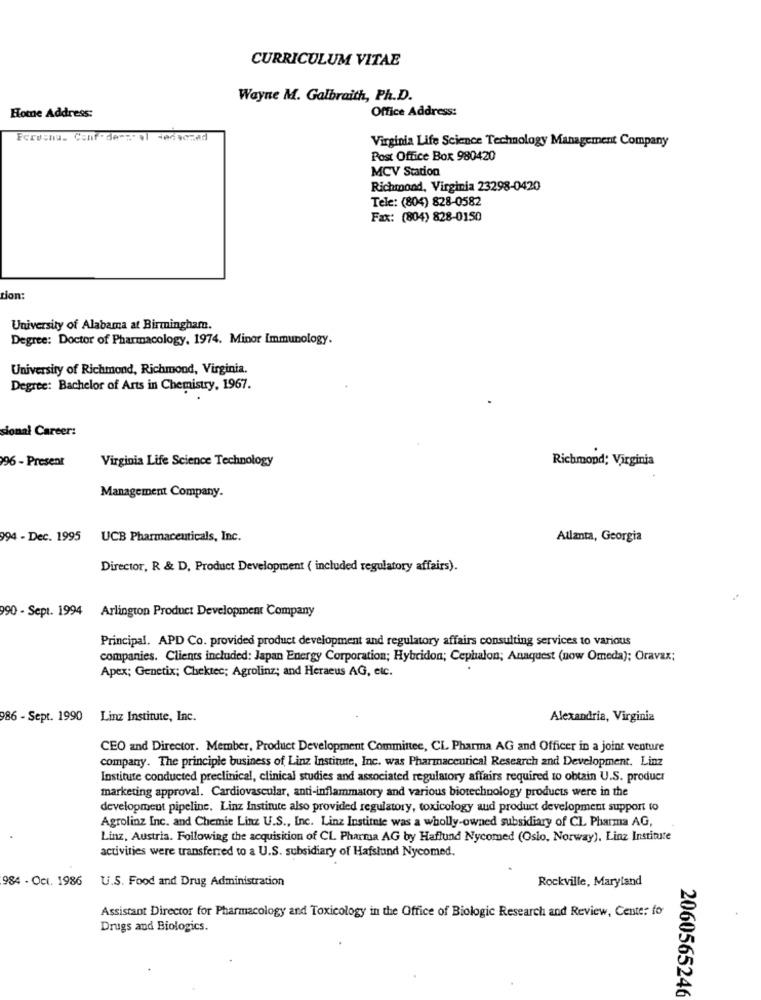
CURRICULUM VITAE
Wayne M. Galbraith, Ph.D.
Office Address:
Home Address:
Peruana. Conf dessol dedocmed
Virginia Life Science Technology Management Company
Post Office Box 980420
MCV Station
Richmond, Virginia 23298-0420
Tele: (804) 828-0582
Fax: (804) 828-0150
tion:
University of Alabama at Birmingham.
Degree: Doctor of Pharmacology, 1974. Minor Immunology.
University of Richmond, Richmond, Virginia.
Degree: Bachelor of Arts in Chemistry, 1967.
sional Career:
Virginia Life Science Technology
Richmond; Virginia
96 - Present
Management Company.
994 - Dec. 1995
UCB Pharmaceuticals, Inc.
Atlanta, Georgia
Director, R & D, Product Development ( included regulatory affairs).
990 - Sept. 1994 Arlington Product Development Company
Principal. APD Co. provided product development and regulatory affairs consulting services to various
companies. Clients included: Japan Energy Corporation; Hybridon; Cephalon; Anaquest (now Omeda); Oravax;
Apex; Genetix; Chektec; Agrolinz; and Heraeus AG, etc.
986 - Sept. 1990 Linz Institute, Inc.
Alexandria, Virginia
CEO and Director. Member, Product Development Committee, CL Pharma AG and Officer in a joint venture
company. The principle business of Linz Institute, Inc. was Pharmaceutical Research and Development. Linz
Institute conducted preclinical, clinical studies and associated regulatory affairs required to obtain U.S. product
marketing approval. Cardiovascular, anti-inflammatory and various biotechnology products were in the
development pipeline. Linz Institute also provided regulatory, toxicology and product development support to
Agrolinz Inc. and Chemie Linz U.S ., Inc. Linz Institute was a wholly-owned subsidiary of CL Pharma AG,
Linz, Austria. Following the acquisition of CL Pharma AG by Haflund Nycomed (Oslo, Norway), Linz Institute
activities were transferred to a U.S. subsidiary of Hafslund Nycomed.
984 - Oct. 1986 U.S. Food and Drug Administration
Rockville, Maryland
Assistant Director for Pharmacology and Toxicology in the Office of Biologic Research and Review, Cente: for
Drugs and Biologics.
2060565246